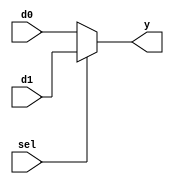

module mux2(
input sel,
input d0,d1, 
output y
);

assign y = sel?d1:d0; 
 
endmodule 


// instance: 
// mux2 inst_name(.sel(),.d0(),.d1(),.y());